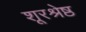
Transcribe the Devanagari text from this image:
शूरश्रेष्ठ